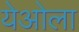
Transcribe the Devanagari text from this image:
येओला